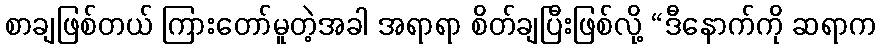
စာချဖြစ်တယ် ကြားတော်မူတဲ့အခါ အရာရာ စိတ်ချပြီးဖြစ်လို့ “ဒီနောက်ကို ဆရာက